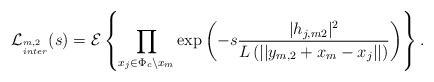
LaTeX: \begin{align*} \mathcal{L}_{^{m,2}_{inter}}(s) &= \mathcal{E} \left\{ \prod_{x_j\in \Phi_c\backslash x_m} {\rm exp}\left( -s \frac{|h_{j,m2}|^2}{ {L\left(||y_{m,2}+x_m-x_j||\right)}}\right)\right\}.\end{align*}